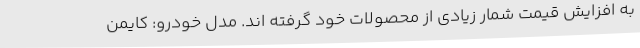
به افزایش قیمت شمار زیادی از محصولات خود گرفته اند. مدل خودرو: کایمن